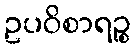
ဥပဝိစာရဉ္စ